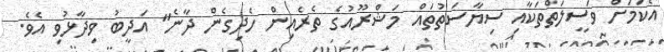
އެކަަމަށް ވަސީލަތްތަކާއި ސިޔާސަތުތައް މަޝްރޫއުގެ ތެރެއިން ހެދިގެން ދާނެ" އަދީބު ވިދާޅުވި އެވެ.